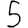
Digit: 5